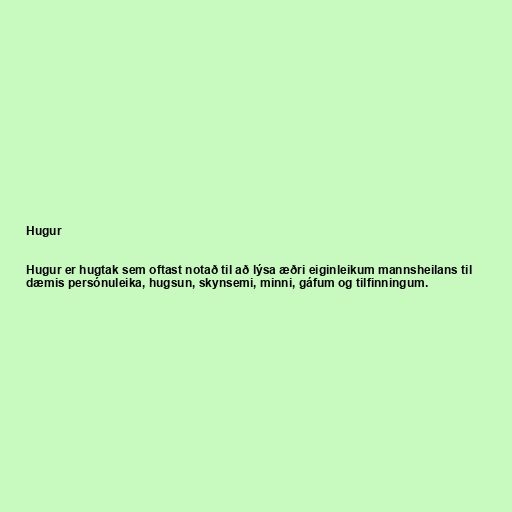
Hugur

Hugur er hugtak sem oftast notað til að lýsa æðri eiginleikum mannsheilans til
dæmis persónuleika, hugsun, skynsemi, minni, gáfum og tilfinningum.